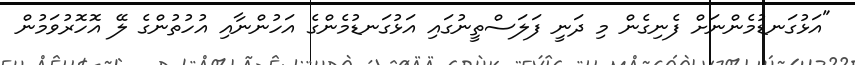
"އަޅުގަނޑުމެންނަށް ފެނިގެން މި ދަނީ ފަލަސްތީނުގައި އަޅުގަނޑުމެންގެ އަހުންނާއި އުހުތުންގެ ލޭ އޮހޮރުވަމުން